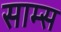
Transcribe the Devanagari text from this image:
साम्स